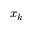
x _ { k }